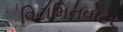
વિટામિનવોટર